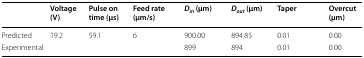
<table><thead><tr><td></td><td><b>Voltage (V)</b></td><td><b>Pulse on time (μs)</b></td><td><b>Feed rate (μm/s)</b></td><td><b><i>D</i><sub><i>in</i></sub> (μm)</b></td><td><b><i>D</i><sub><i>out</i></sub> (μm)</b></td><td><b>Taper</b></td><td><b>Overcut (μm)</b></td></tr></thead><tbody><tr><td>Predicted</td><td rowspan="2">19.2</td><td rowspan="2">59.1</td><td rowspan="2">6</td><td>900.00</td><td>894.85</td><td>0.01</td><td>0.00</td></tr><tr><td>Experimental</td><td>899</td><td>894</td><td>0.01</td><td>0.00</td></tr></tbody></table>